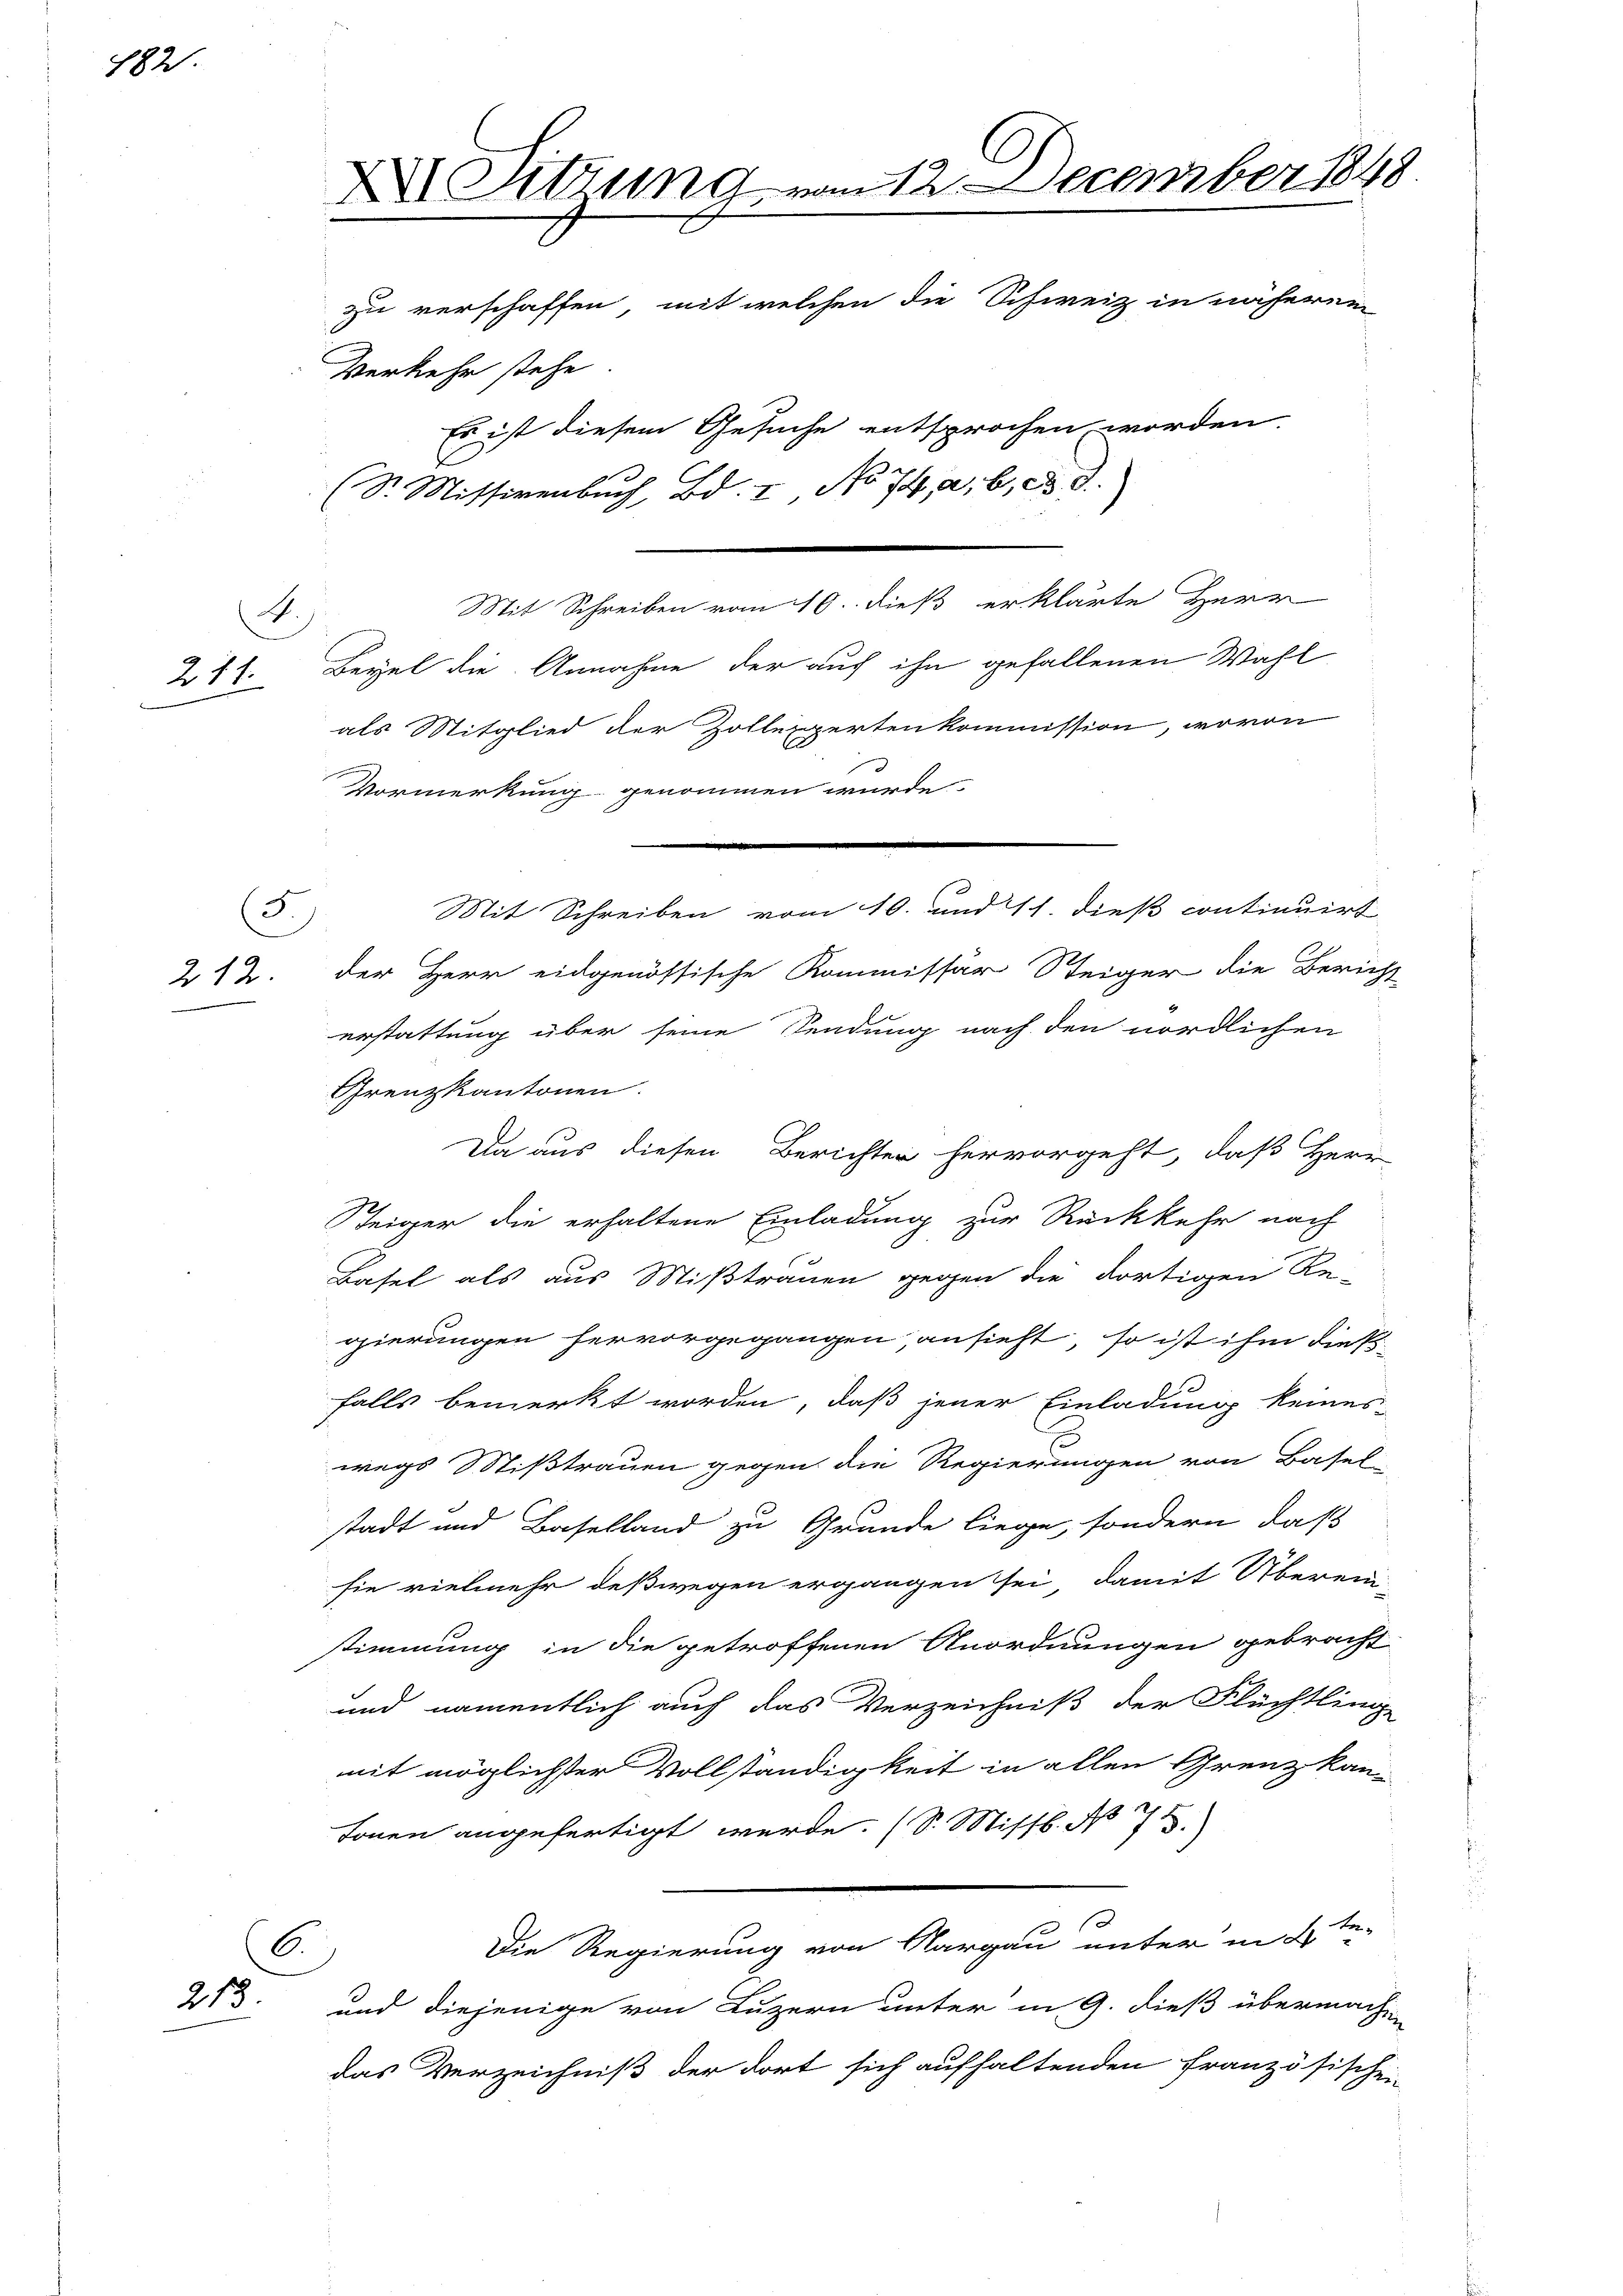
182.

211.

.

5.
212.

213

A Sitzung vom 12. December 1848.
zu verschaffen, mit welchen die Schweiz in näherei
Verkehr stehe.
Es ist diesem Gesuche entsprochen worden.
(S. Missivenbuch, Bd. I No 74, a, b, c d

Mit Schreiben vom 16. dieß erklärte Herr
Beyel die Annahme der auf ihn gefallenen Wahl
als Mitglied der Zollexpertenkommission, wovon
)
Vormerkung genommen wurde.
der Herr eidgenössische Kommissär Steiger die Bericht
erstattung über seine Sendung nach den nördlichen
Grenzkantonen.
Da aus diesen Berichter hervorgeht, daß Herr
Steiger die erhaltene Einladung zur Rückkehr nach
Basel als aus Mißtrauen gegen die dortigen Re-
gierungen hervorgegangen, ansieht, so ist ihm dieß-
falls bemerkt worden, daß jener Einladung keines
wegs Mißtrauen gegen die Regierungen von Basel
stadt und Baselland zu Grunde liege, sondern, daß
sie vielmehr deßwegen ergangen sei, damit Überein-
stimmung in die getroffenen Anordnungen gebracht
und namentlich auch das Verzeichniß der Flüchtling
mit möglichster Vollständigkeit in allen Grenz kan
tonen angefertigt werde. (S. Missb. No 73.
te¬
Die Regierung von Aargau unter in B
6.
und diejenige von Luzern unter in G. dieß übermache
das Verzeichniß der dort sich aufhaltenden Französischei-

Mit Schreiben vom 10. und 11. dieß continuirt